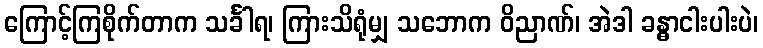
ကြောင့်ကြစိုက်တာက သင်္ခါရ၊ ကြားသိရုံမျှ သဘောက ဝိညာဏ်၊ အဲဒါ ခန္ဓာငါးပါးပဲ၊